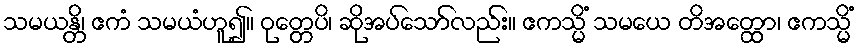
သမယန္တိ၊ ဧကံ သမယံဟူ၍။ ဝုတ္တေပိ၊ ဆိုအပ်သော်လည်း။ ဧကသ္မိံ သမယေ တိအတ္ထော၊ ဧကသ္မိံ